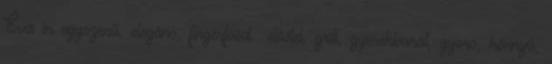
Éva in egyszerű, elegáns, fingerfood előétel, grill, gyerekbarát, gyors, könnyű,